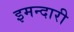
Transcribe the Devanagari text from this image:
इमन्दारी